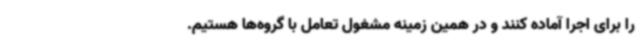
را برای اجرا آماده کنند و در همین زمینه مشغول تعامل با گروه‌ها هستیم.